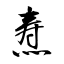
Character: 焘